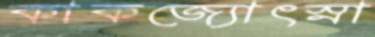
কাকজ্যোৎস্না